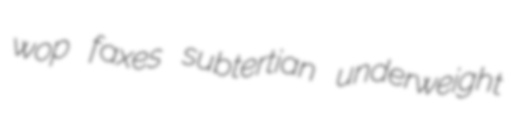
wop faxes subtertian underweight